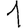
Digit: 1